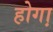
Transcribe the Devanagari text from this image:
होगा़